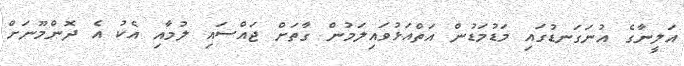
އަލީނާގެ އުނަގަނޑުގައި މަޑުމަޑުން އަތްއަޅުވައިލަމުން ގާތަށް ޖައްސައި ލުމާއި އެކު އެ ދޮންމޫނަށް